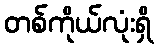
တစ်ကိုယ်လုံးရှိ